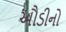
ઔડીનો